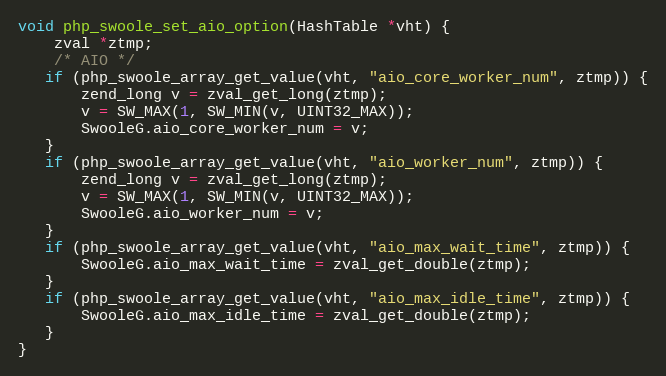
Language: C++
void php_swoole_set_aio_option(HashTable *vht) {
    zval *ztmp;
    /* AIO */
   if (php_swoole_array_get_value(vht, "aio_core_worker_num", ztmp)) {
       zend_long v = zval_get_long(ztmp);
       v = SW_MAX(1, SW_MIN(v, UINT32_MAX));
       SwooleG.aio_core_worker_num = v;
   }
   if (php_swoole_array_get_value(vht, "aio_worker_num", ztmp)) {
       zend_long v = zval_get_long(ztmp);
       v = SW_MAX(1, SW_MIN(v, UINT32_MAX));
       SwooleG.aio_worker_num = v;
   }
   if (php_swoole_array_get_value(vht, "aio_max_wait_time", ztmp)) {
       SwooleG.aio_max_wait_time = zval_get_double(ztmp);
   }
   if (php_swoole_array_get_value(vht, "aio_max_idle_time", ztmp)) {
       SwooleG.aio_max_idle_time = zval_get_double(ztmp);
   }
}